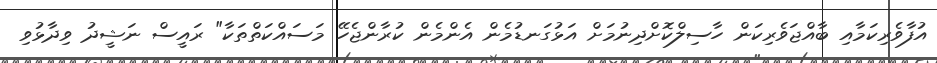
އުފާވެރިކަމާއި ބާއްޖަވެރިކަން ހާސިލްކޮށްދިނުމަށް އަޅުގަނޑުމެން އެންމެން ކުރާންޖެހޭ މަސައްކަތްތަކާ" ރައީސް ނަޝީދު ވިދާޅުވި